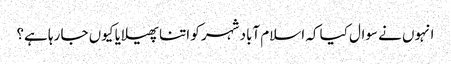
انہوں نے سوال کیا کہ اسلام آباد شہر کو اتنا پھیلایا کیوں جا رہا ہے؟